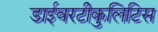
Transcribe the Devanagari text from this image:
डाईवरटीकुलिटिस